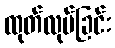
ထုတ်လုပ်ခြင်း